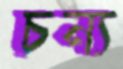
চন্য